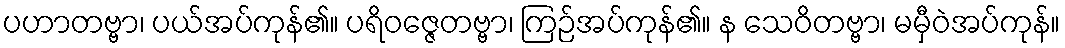
ပဟာတဗ္ဗာ၊ ပယ်အပ်ကုန်၏။ ပရိဝဇ္ဇေတဗ္ဗာ၊ ကြဉ်အပ်ကုန်၏။ န သေဝိတဗ္ဗာ၊ မမှီဝဲအပ်ကုန်။